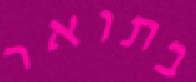
בתואר